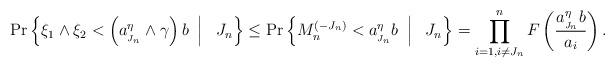
LaTeX: \begin{align*} \Pr \left\{ \xi_1 \wedge \xi_2 < \left(a_{_{J_n}}^\eta \wedge \gamma\right) b \ \left|\frac{}{}\right. \ J_n \right\} &\leq \Pr \left\{ M_n^{(-J_n)} < a_{_{J_n}}^\eta b \ \left|\frac{}{}\right. \ J_n \right\} = \prod_{i=1, i \neq J_n}^n F\left( \frac{ a_{_{J_n}}^\eta b}{a_i} \right). \end{align*}